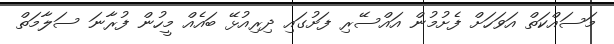
މަސައްކަތް އަވަހަށް ފެށުމުން އައްސޭރި ފަށުގައި ދިރިއުޅޭ ބައެއް މީހުން ފުރާނަ ސަލާމަތް